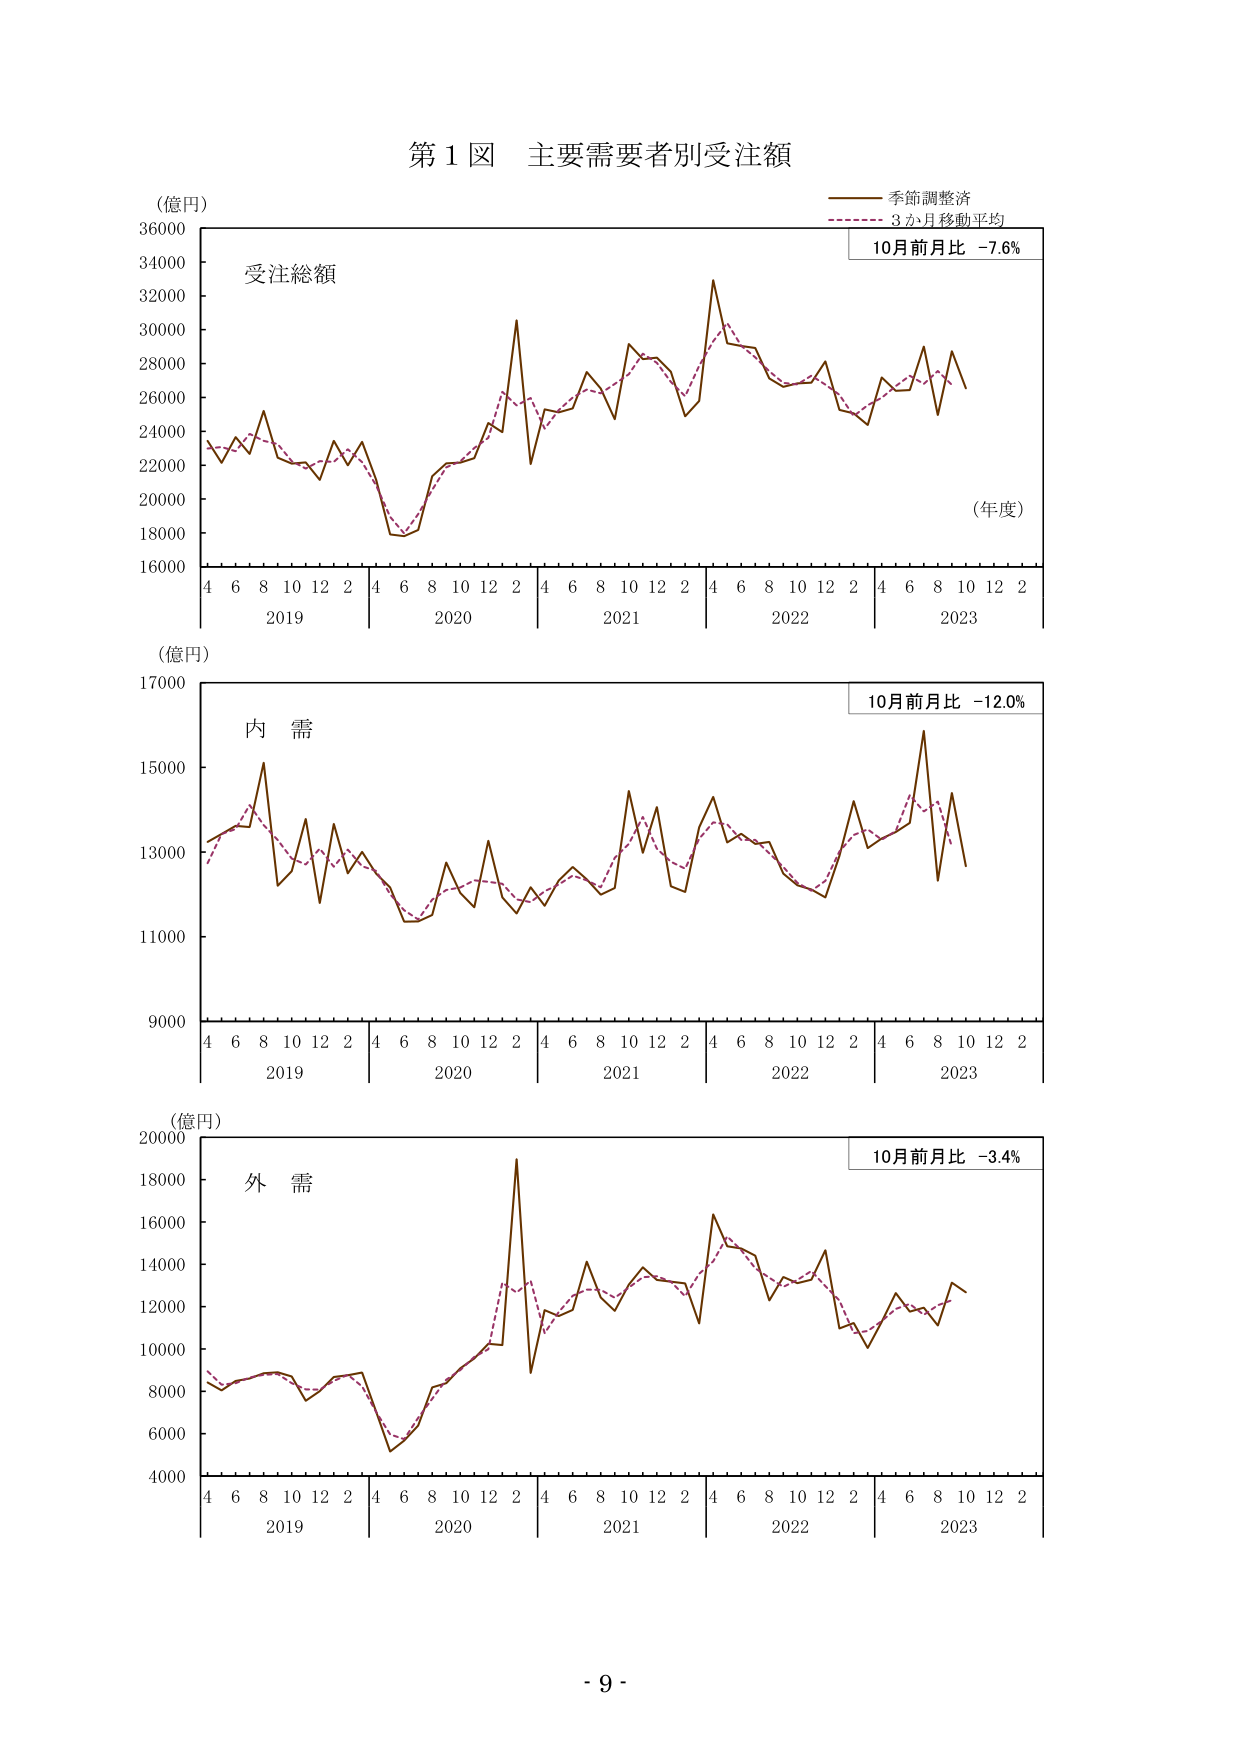
第１図 主要需要者別受注額
（億円）
受注総額
季節調整済
3か月移動平均
10月前月比 -7.6%
（年度）
4 6 8 10 12 2 4 6 8 10 12 2 4 6 8 10 12 2 4 6 8 10 12 2 4 6 8 10 12 2
2019 2020 2021 2022 2023
（億円）
内 需
10月前月比 -12.0%
4 6 8 10 12 2 4 6 8 10 12 2 4 6 8 10 12 2 4 6 8 10 12 2 4 6 8 10 12 2
2019 2020 2021 2022 2023
（億円）
外 需
10月前月比 -3.4%
4 6 8 10 12 2 4 6 8 10 12 2 4 6 8 10 12 2 4 6 8 10 12 2 4 6 8 10 12 2
2019 2020 2021 2022 2023
- 9 -